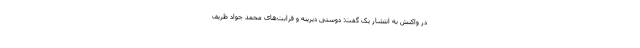
در واکنش به انتشار یک گفت: دوستی دیرینه و قرابت‌های محمد جواد ظریف